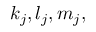
k _ { j } , l _ { j } , m _ { j } ,